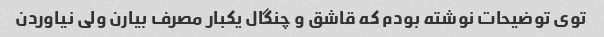
توی توضیحات نوشته بودم که قاشق و چنگال یکبار مصرف بیارن ولی نیاوردن